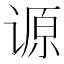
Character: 𰵺